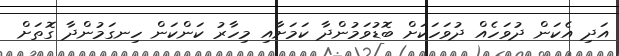
އަދި އެކަން ދުވަހެއް ދުވަހަކަށް ބޮޑުވަމުންދާ ކަމަށާއި މިހާރު ކަންކަން ހިނގަމުންދާ ގޮތަށް